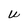
Character: U